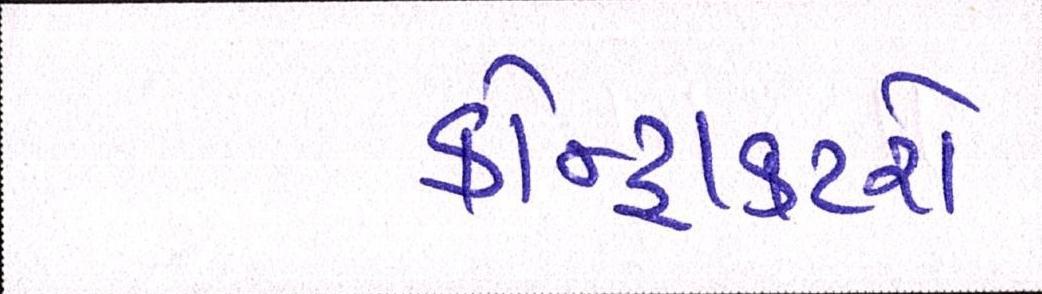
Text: કોન્ટ્રાક્ટરો